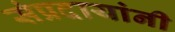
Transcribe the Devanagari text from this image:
संप्रदायांनी